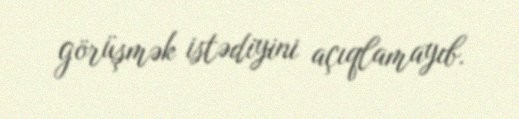
görüşmək istədiyini açıqlamayıb.